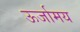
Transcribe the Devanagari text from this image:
ऊर्जामय